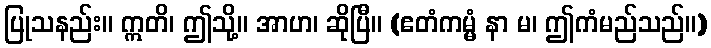
ပြုသနည်း။ ဣတိ၊ ဤသို့။ အာဟ၊ ဆိုပြီ။ (ဧတံကမ္မံ နာ မ၊ ဤကံမည်သည်။)